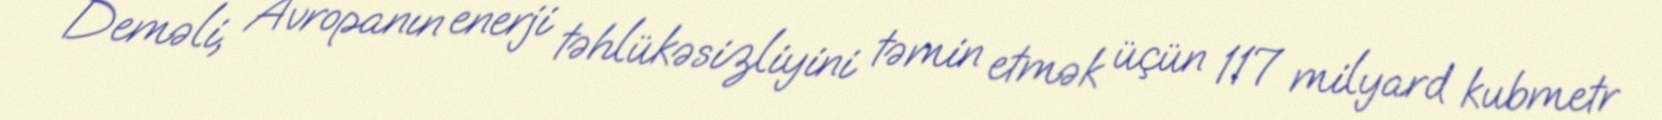
Deməli, Avropanın enerji təhlükəsizliyini təmin etmək üçün 117 milyard kubmetr